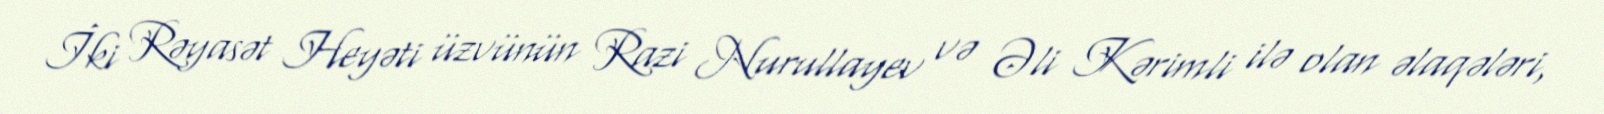
İki Rəyasət Heyəti üzvünün Razi Nurullayev və Əli Kərimli ilə olan əlaqələri,